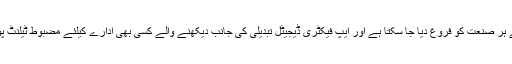
ٹیکنالوجی کے ذریعے ہر صنعت کو فروغ دیا جا سکتا ہے اور ایپ فیکٹری ڈیجیٹل تبدیلی کی جانب دیکھنے والے کسی بھی ادارے کیلئے مضبوط ٹیلنٹ پول تعمیر کر رہی ہے۔